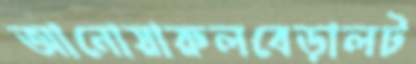
আনোয়ারুলবেড়ালট